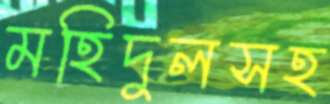
মহিদুলসহ